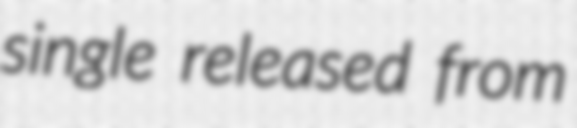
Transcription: single released from